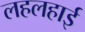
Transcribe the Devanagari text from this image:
लहलहाई